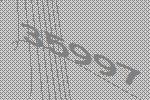
35997